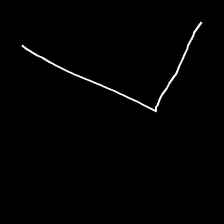
Glyph: region